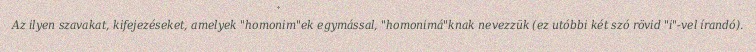
Az ilyen szavakat, kifejezéseket, amelyek "homonim"ek egymással, "homonimá"knak nevezzük (ez utóbbi két szó rövid "i"-vel írandó).